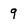
Character: 9